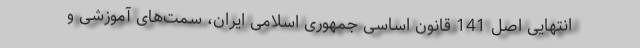
انتهایی اصل 141 قانون اساسی جمهوری اسلامی ایران، سمت‌‌های آموزشی و